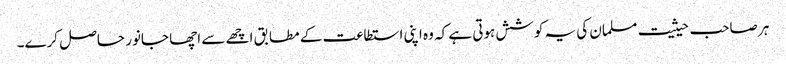
ہر صاحب حیثیت مسلمان کی یہ کوشش ہوتی ہے کہ وہ اپنی استطاعت کے مطابق اچھے سے اچھا جانور حاصل کرے۔